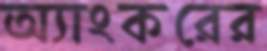
অ্যাংকরের